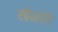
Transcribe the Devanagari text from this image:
खेळांत़